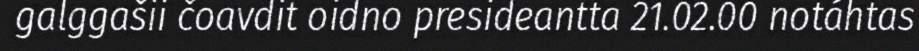
galggašii čoavdit oidno presideantta 21.02.00 notáhtas